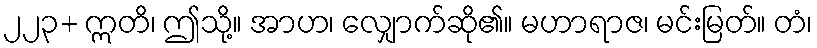
၂၂၃+ ဣတိ၊ ဤသို့။ အာဟ၊ လျှောက်ဆို၏။ မဟာရာဇ၊ မင်းမြတ်။ တံ၊